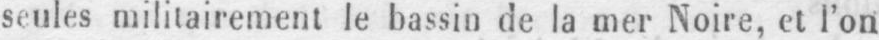
seules militairement le bassin de la mer Noire, et l’on